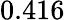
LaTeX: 0.416